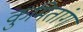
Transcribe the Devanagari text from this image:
कुमितांग